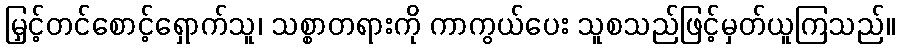
မြှင့်တင်စောင့်ရှောက်သူ၊ သစ္စာတရားကို ကာကွယ်ပေး သူစသည်ဖြင့်မှတ်ယူကြသည်။